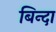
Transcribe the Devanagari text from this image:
बिन्दा